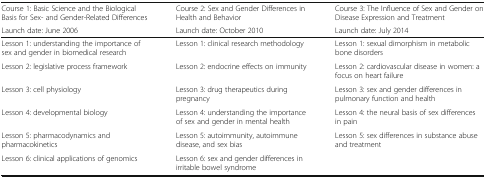
<table><thead><tr><td><b>Course 1: Basic Science and the Biological Basis for Sex- and Gender-Related Differences</b></td><td><b>Course 2: Sex and Gender Differences in Health and Behavior</b></td><td><b>Course 3: The Influence of Sex and Gender on Disease Expression and Treatment</b></td></tr><tr><td><b>Launch date: June 2006</b></td><td><b>Launch date: October 2010</b></td><td><b>Launch date: July 2014</b></td></tr></thead><tbody><tr><td>Lesson 1: understanding the importance of sex and gender in biomedical research</td><td>Lesson 1: clinical research methodology</td><td>Lesson 1: sexual dimorphism in metabolic bone disorders</td></tr><tr><td>Lesson 2: legislative process framework</td><td>Lesson 2: endocrine effects on immunity</td><td>Lesson 2: cardiovascular disease in women: a focus on heart failure</td></tr><tr><td>Lesson 3: cell physiology</td><td>Lesson 3: drug therapeutics during pregnancy</td><td>Lesson 3: sex and gender differences in pulmonary function and health</td></tr><tr><td>Lesson 4: developmental biology</td><td>Lesson 4: understanding the importance of sex and gender in mental health</td><td>Lesson 4: the neural basis of sex differences in pain</td></tr><tr><td>Lesson 5: pharmacodynamics and pharmacokinetics</td><td>Lesson 5: autoimmunity, autoimmune disease, and sex bias</td><td>Lesson 5: sex differences in substance abuse and treatment</td></tr><tr><td>Lesson 6: clinical applications of genomics</td><td>Lesson 6: sex and gender differences in irritable bowel syndrome</td><td>[EMPTY_CELL]</td></tr></tbody></table>